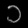
Digit: ၁